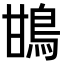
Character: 䲺